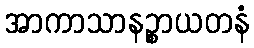
အာကာသာနဉ္စာယတနံ